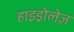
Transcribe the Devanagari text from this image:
हाइड्रोलेज़